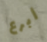
أبرع